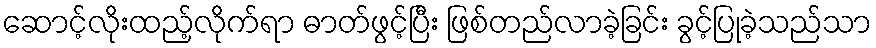
ဆောင့်လိုးထည့်လိုက်ရာ ဓာတ်ဖွင့်ပြီး ဖြစ်တည်လာခဲ့ခြင်း ခွင့်ပြုခဲ့သည်သာ